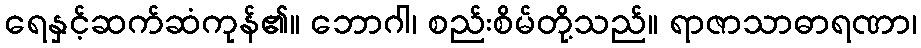
ရေနှင့်ဆက်ဆံကုန်၏။ ဘောဂါ၊ စည်းစိမ်တို့သည်။ ရာဇာသာဓာရဏာ၊